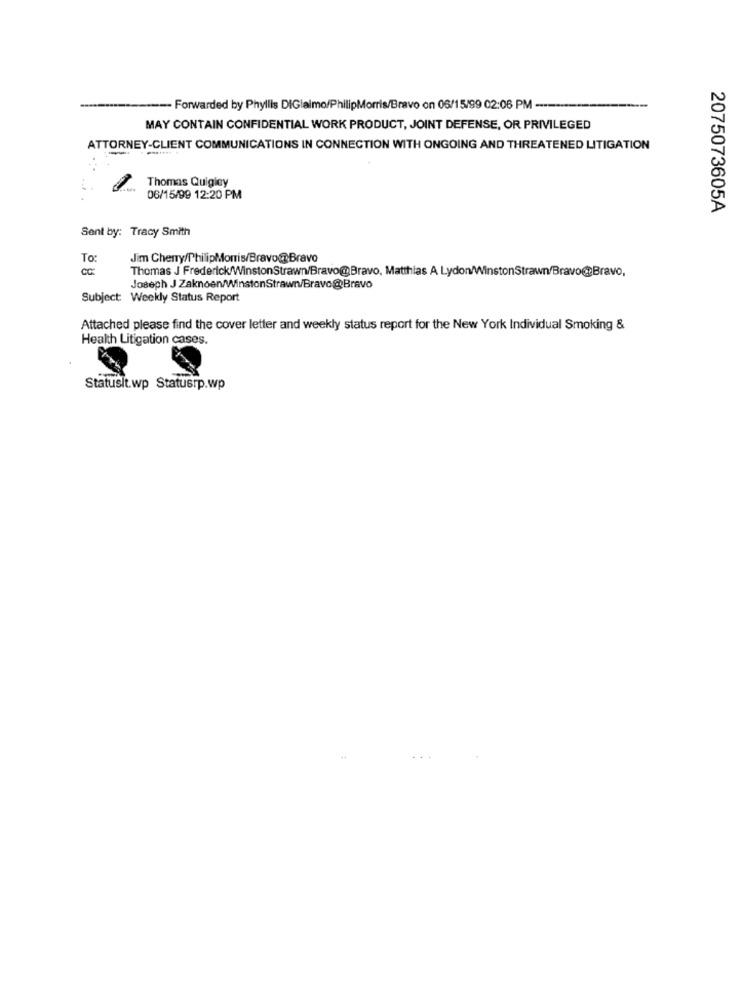
- Forwarded by Phyllis DIGlaimo/PhilipMorris/Bravo on 06/15/99 02:06 PM ----
MAY CONTAIN CONFIDENTIAL WORK PRODUCT, JOINT DEFENSE, OR PRIVILEGED
ATTORNEY-CLIENT COMMUNICATIONS IN CONNECTION WITH ONGOING AND THREATENED LITIGATION
-
Thomas Quigley
06/15/99 12:20 PM
2075073605A
Sent by: Tracy Smith
To:
Jim Cherry/PhilipMorris/Bravo@Bravo
8
Thomas J Frederick/WinstonStrawn/Bravo@Bravo, Matthias A Lydon/WinstonStrawn/Bravo@Bravo,
Joseph J Zaknoen/WinstonStrawn/Bravo@Bravo
Subject: Weekly Status Report
Attached please find the cover letter and weekly status report for the New York Individual Smoking &
Health Litigation cases.
Statusit.wp Statusrp.wp